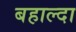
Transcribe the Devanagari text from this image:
बहाल्दा